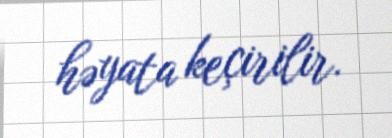
həyata keçirilir.